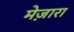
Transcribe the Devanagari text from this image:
मेज़ारा